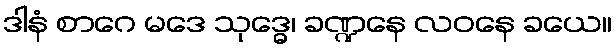
ဒါနံ စာဂေ မဒေ သုဒ္ဓေ၊ ခဏ္ဍနေ လဝနေ ခယေ။